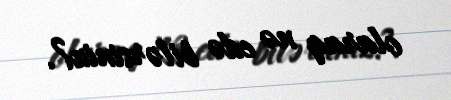
olaraq nə edə bilərsiniz?.